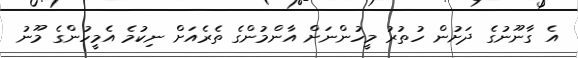
އެ ގާނޫނުގެ ދަށުން ހުތުރު މީހުންނަށް އާންމުންގެ ތެރެއަށް ނިކުމެ އެމީހުންގެ މޫނު